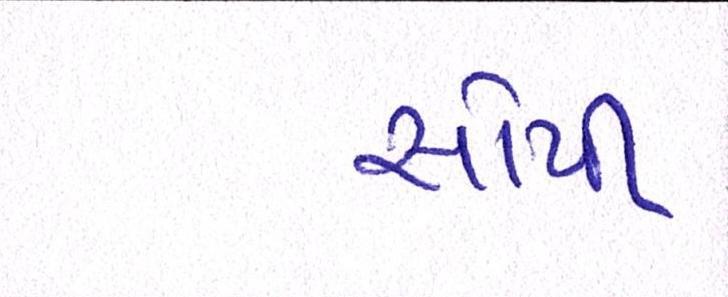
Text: સોપી